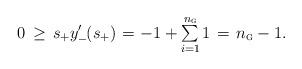
LaTeX: \begin{align*}0\mkern3.5mu\ge\mkern2.5mus_{\mkern-1mu+}y'_-\mkern-1.2mu(s_{\mkern-1mu+})\mkern1.5mu=\mkern1.5mu-1 + \mkern-1mu{{\textstyle{\sum\limits_{i=1}^{n_{{\textsc{g}}}} 1}}}\mkern1.5mu=\mkern2.5mun_{{\textsc{g}}}-1.\end{align*}